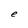
Character: e